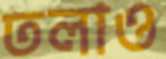
তলাও